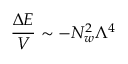
\frac { \Delta E } { V } \sim - N _ { w } ^ { 2 } \Lambda ^ { 4 }